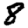
Digit: 8